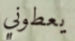
يعطوني